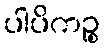
ပါပိကဉ္စ